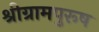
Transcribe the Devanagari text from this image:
श्रीग्रामपुरूष